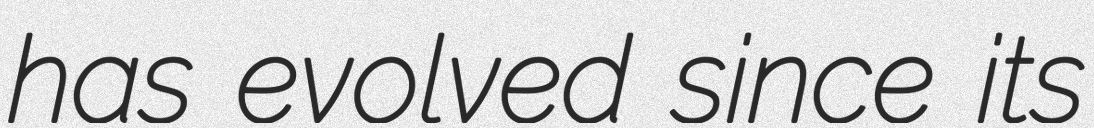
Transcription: has evolved since its